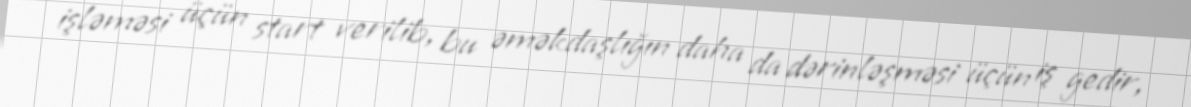
işləməsi üçün start verilib, bu əməkdaşlığın daha da dərinləşməsi üçün iş gedir,